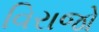
વિરાજો